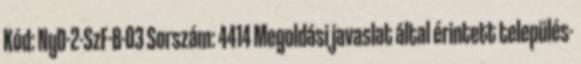
Kód: NyD-2-SzF-B-03 Sorszám: 4414 Megoldási javaslat által érintett település-